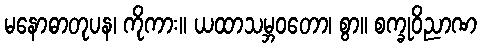
မနောဓာတုပန၊ ကိုကား။ ယထာသမ္ဘဝတော၊ စွာ။ စက္ခုဝိညာဏ